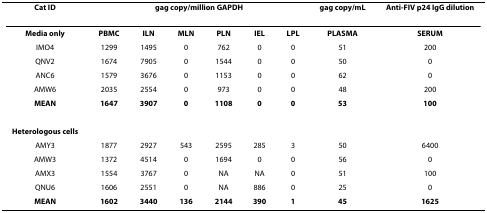
<table><thead><tr><td><b>Cat ID</b></td><td colspan="6"><b>gag copy/million GAPDH</b></td><td><b>gag copy/mL</b></td><td><b>Anti-FIV p24 IgG dilution</b></td></tr></thead><tbody><tr><td><b>Media only</b></td><td><b>PBMC</b></td><td><b>ILN</b></td><td><b>MLN</b></td><td><b>PLN</b></td><td><b>IEL</b></td><td><b>LPL</b></td><td><b>PLASMA</b></td><td><b>SERUM</b></td></tr><tr><td>IMO4</td><td>1299</td><td>1495</td><td>0</td><td>762</td><td>0</td><td>0</td><td>51</td><td>200</td></tr><tr><td>QNV2</td><td>1674</td><td>7905</td><td>0</td><td>1544</td><td>0</td><td>0</td><td>50</td><td>0</td></tr><tr><td>ANC6</td><td>1579</td><td>3676</td><td>0</td><td>1153</td><td>0</td><td>0</td><td>62</td><td>0</td></tr><tr><td>AMW6</td><td>2035</td><td>2554</td><td>0</td><td>973</td><td>0</td><td>0</td><td>48</td><td>200</td></tr><tr><td><b>MEAN</b></td><td><b>1647</b></td><td><b>3907</b></td><td><b>0</b></td><td><b>1108</b></td><td><b>0</b></td><td><b>0</b></td><td><b>53</b></td><td><b>100</b></td></tr><tr><td><b>Heterologous cells</b></td><td></td><td></td><td></td><td></td><td></td><td></td><td></td><td></td></tr><tr><td>AMY3</td><td>1877</td><td>2927</td><td>543</td><td>2595</td><td>285</td><td>3</td><td>50</td><td>6400</td></tr><tr><td>AMW3</td><td>1372</td><td>4514</td><td>0</td><td>1694</td><td>0</td><td>0</td><td>56</td><td>0</td></tr><tr><td>AMX3</td><td>1554</td><td>3767</td><td>0</td><td>NA</td><td>NA</td><td>0</td><td>51</td><td>100</td></tr><tr><td>QNU6</td><td>1606</td><td>2551</td><td>0</td><td>NA</td><td>886</td><td>0</td><td>25</td><td>0</td></tr><tr><td><b>MEAN</b></td><td><b>1602</b></td><td><b>3440</b></td><td><b>136</b></td><td><b>2144</b></td><td><b>390</b></td><td><b>1</b></td><td><b>45</b></td><td><b>1625</b></td></tr></tbody></table>